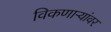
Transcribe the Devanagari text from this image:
विकणाऱ्यांवर